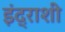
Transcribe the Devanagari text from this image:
इंद्राशी